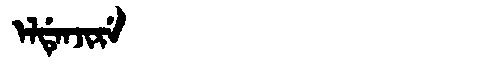
Manchu: ᡝᠯᡩᡝᠨᠵᡳᡵᡝ
Romanization: ELDENJIRE